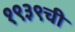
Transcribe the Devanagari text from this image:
१९३९ची